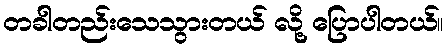
တခါတည်းသေသွားတယ် လို့ ပြောပါတယ်။